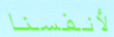
لأنفسنا